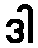
ဒါ